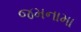
જમનામા